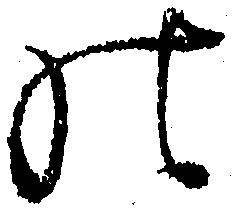
の